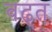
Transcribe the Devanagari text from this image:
बढ़्त